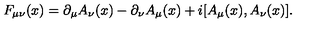
F _ { \mu \nu } ( x ) = \partial _ { \mu } A _ { \nu } ( x ) - \partial _ { \nu } A _ { \mu } ( x ) + i [ A _ { \mu } ( x ) , A _ { \nu } ( x ) ] .